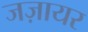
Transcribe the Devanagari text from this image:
जज़ायर